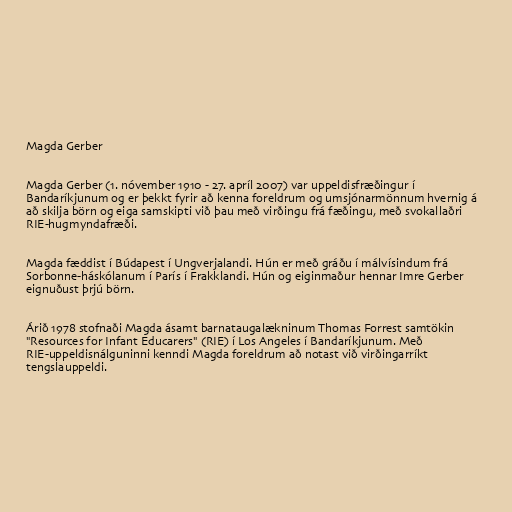
Magda Gerber

Magda Gerber (1. nóvember 1910 - 27. apríl 2007) var uppeldisfræðingur í
Bandaríkjunum og er þekkt fyrir að kenna foreldrum og umsjónarmönnum hvernig á
að skilja börn og eiga samskipti við þau með virðingu frá fæðingu, með svokallaðri
RIE-hugmyndafræði.

Magda fæddist í Búdapest í Ungverjalandi. Hún er með gráðu í málvísindum frá
Sorbonne-háskólanum í París í Frakklandi. Hún og eiginmaður hennar Imre Gerber
eignuðust þrjú börn.

Árið 1978 stofnaði Magda ásamt barnataugalækninum Thomas Forrest samtökin
"Resources for Infant Educarers" (RIE) í Los Angeles í Bandaríkjunum. Með
RIE-uppeldisnálguninni kenndi Magda foreldrum að notast við virðingarríkt
tengslauppeldi.